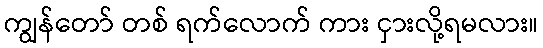
ကျွန်တော် တစ် ရက်လောက် ကား ငှားလို့ရမလား။